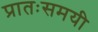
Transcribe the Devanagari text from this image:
प्रातःसमयी